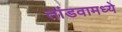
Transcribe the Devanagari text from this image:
तांडवामध्ये